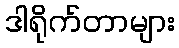
ဒါရိုက်တာများ